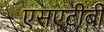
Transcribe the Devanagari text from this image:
एसएटीबी